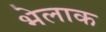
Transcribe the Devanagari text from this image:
भेलाक